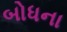
બોધના